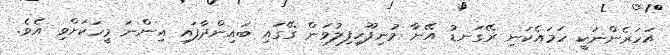
އަހަރެންނަކީ ހަމައެކަނި ރޭގަނޑު އޭނާ މުނިފޫހިފިލުވަން ގޭގައި ބައިންދާފައި އިންނަ މީހަކަށްވި އެވެ.